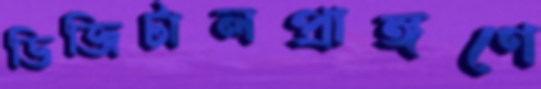
ডিজিটালপ্রাঙ্গণে